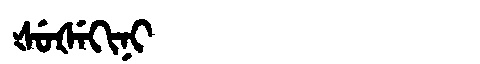
Manchu: ᡧᡠᡧᡝᡴᡳᠨᡳ
Romanization: ŠUŠEKINI